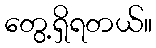
တွေ့ရှိရတယ်။